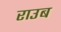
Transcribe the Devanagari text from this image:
राउब